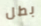
بطل